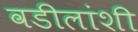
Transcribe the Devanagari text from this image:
वडीलांशी